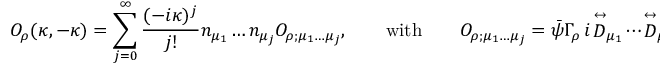
{ \cal O } _ { \rho } ( \kappa , - \kappa ) = \sum _ { j = 0 } ^ { \infty } \frac { ( - i \kappa ) ^ { j } } { j ! } n _ { \mu _ { 1 } } \dots n _ { \mu _ { j } } { \cal O } _ { \rho ; \mu _ { 1 } \dots \mu _ { j } } , \qquad \mathrm { w i t h } \qquad { \cal O } _ { \rho ; \mu _ { 1 } \dots \mu _ { j } } = \bar { \psi } { \mit \Gamma } _ { \rho } \, i \! \stackrel { \leftrightarrow } { \cal D } _ { \mu _ { 1 } } \dotsi \! \stackrel { \leftrightarrow } { \cal D } _ { \mu _ { j } } \psi ,